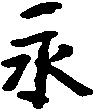
永